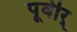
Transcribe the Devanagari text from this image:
पूवीर्